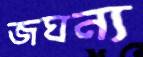
জঘন্য